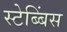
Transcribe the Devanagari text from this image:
स्टेब्बिंस